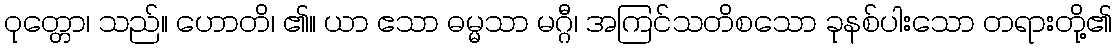
ဝုတ္တော၊ သည်။ ဟောတိ၊ ၏။ ယာ ဧသာ ဓမ္မသာ မဂ္ဂီ၊ အကြင်သတိစသော ခုနစ်ပါးသော တရားတို့၏